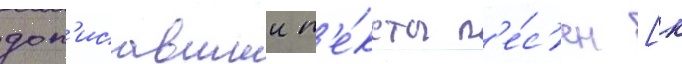
доп'исавшии т'е́ксты п'е́с'ен [к